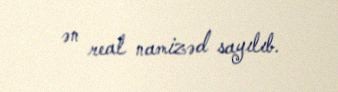
ən real namizəd sayılıb.